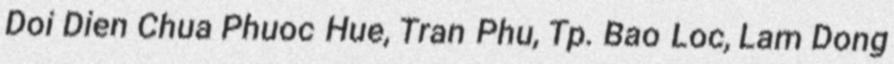
Doi Dien Chua Phuoc Hue, Tran Phu, Tp. Bao Loc, Lam Dong